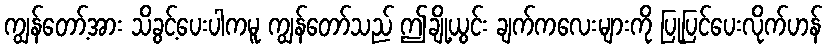
ကျွန်တော့်အား သိခွင့်ပေးပါကမူ ကျွန်တော်သည် ဤချို့ယွင်း ချက်ကလေးများကို ပြုပြင်ပေးလိုက်ဟန်